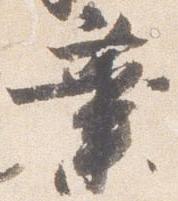
業